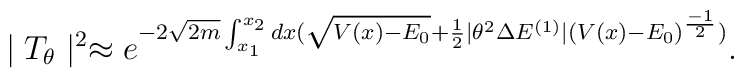
\mid T_{\theta}\mid^{2}\approx e^{-2\sqrt{2m}\int^{x_{2}}_{x_{1}} dx (\sqrt{V(x)-E_{0}}+\frac{1}{2}\mid\theta^{2}\Delta E^{(1)}\mid(V(x)-E_{0})^{\frac{-1}{2}})}.